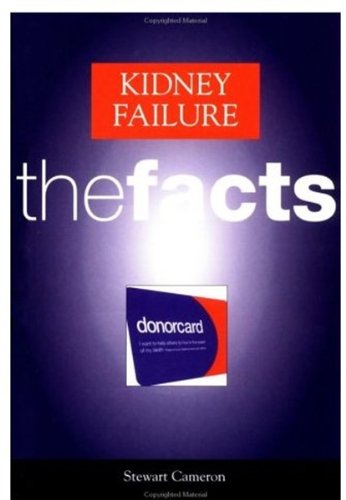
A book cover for Kidney Failure: The Facts; J. Stewart Cameron; Health, Fitness & Dieting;